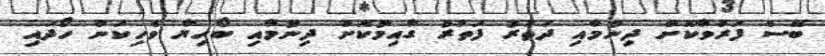
ބޭސް ފަރުވާކޮށް ދިނުމާއި ދަތުރު ފަތުރު ގާއިމުކޮށް ދިނުމާއި ބޯހިޔާ ވެހިކަން ހޯދައި